Calcutta medical institutions reports 1879-81 [i.e.91]
Year: 1879
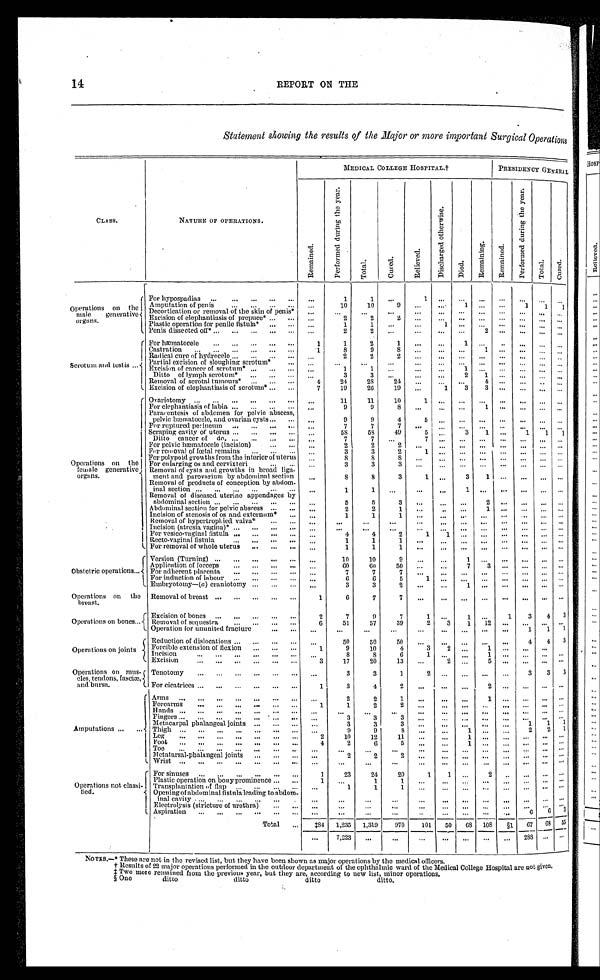
14
REPORT ON THE
Statement showing the results of the Major or more important Surgical Operations
CLASS.
NATURE OF OPERATIONS.
MEDICAL COLLEGE HOSPITAL†
PRESIDENCY GENERAL
R e m a i n e d .
P e r f o r m e d d u r i n g t h e y e a r .
T o t a l .
C u r e d .
R e l i e v e d .
D i s c h a r g e d o t h e r w i s e .
D i e d .
R e m a i n i n g .
R e m a i n e d .
P e r f o r m e d d u r i n g t h e y e a r .
T o t a l .
C u r e d .
O p e r a t i o n s
o n t h e
male generative
organs.
For hypospadias . . .
. . .
1
1
. . .
1
. . .
. . .
. . .
. . .
. . .
. . .
. . .
Amputation of penis . . .
. . .
1 0
1 0
9
. . .
. . . 1
. . . . . .
1
1
1
D c e c o r t i c a t i o n o r r e m o v a l o f t h e s k i n o f p e n i s * . . .
. . .
. . .
. . .
. . .
. . . . . . . . .
. . . . . .
. . .
. . .
. . .
Excision of elephantiasis of prepuce* . . .
. . .
2
2
2
. . .
. . .
. . .
. . .
. . .
. . . . . .
. . .
Plastic operation for penile fistula* . . .
. . .
1
1
. . .
. . . 1
. . .
. . . . . . . . .
. . .
. . .
Penis dissected off*. . .
. . .
2
2
. . .
. . .
. . .
. . .
2 . . . . . .
. . .
. . .
Scrotum and testis. . .
For hæmatocele
. . .
1
1
2
1
. . . . . . 1
. . .
. . .
. . .
. . .
. . .
Castration . . .
1
8
9
8
. . . . . . . . .
1 . . . . . .
. . .
. . .
Radical cure of hydrocele . . .
. . .
2
2
2
. . . . . . . . .
. . . . . . . . .
. . .
. . .
Partial excision of sloughing scrotum* . . .
. . .
. . .
. . .
. . .
. . .
. . .
. . .
. . .
. . .
. . .
. . .
. . .
Excision of cancer of scrotum* . . .
. . .
1
1
. . .
. . .
. . .
1 . . . . . . . . .
. . .
. . .
Ditto of lymph scrotum* . . .
. . .
3
3
. . .
. . . . . .
2 1 . . . . . .
. . .
. . .
Removal of scrotal tumours* . . .
4
24
28
24
. . .
. . .
. . .
4 . . . . . .
. . .
. . .
Excision of elephantiasis of scrotum* . . .
7
19
26
19
. . .
1
3
3 . . . . . .
. . .
. . .
Operations on the
female generative
organs.
Ovariotomy
. . .
. . .
11
11
10
1 . . .
. . .
. . .
. . .
. . .
. . .
. . .
For elephantiasis of labia
. . .
. . .
9
9
8
. . .
. . .
. . .
. . . . . . . . .
. . .
. . .
Paracentesis of abdomen for pelvic abscess,
p e l v i c h æ m a t o c e l e , a n d o v a r i a n c y s t s.
. .
. . .
9
9
4
5
. . .
. . .
. . .
. . .
. . .
. . .
. . .
F o r r u p t u r e d p e r i n e u m . . .
. . .
7
7
7
. . .
. . .
. . .
. . .
. . .
. . .
. . .
. . .
S c r a p i n g c a v i t y o f u t e r u s . . .
. . .
58
58
49
5
. . .
3
1 . . .
1
1
1
Ditto cancer of do . . .
. . .
7
7
. . .
7
. . .
. . .
. . . . . .
. . .
. . .
. . .
For pelvic hæmatocele (incision) . . .
. . .
2
2
2
. . . . . .
. . .
. . . . . .
. . .
. . .
. . .
For removal of fœtal remains . . .
. . .
3
3
2
1
. . .
. . .
. . .
. . .
. . .
. . .
. . .
For polypoid growths from the interior of uterus
. . .
8
8
8
. . . . . . . . .
. . . . . . . . .
. . .
. . .
For enlarging os and cervixteri . . .
. . .
3
3
3
. . .
. . .
. . .
. . .
. . .
. . .
. . .
. . .
Removal of cysts and growths in broad liga-
ment and parovarium by abdominal section
. . .
8
8
3
1
. . .
3
1
. . . . . .
. . .
. . .
Removal of products
of conception by abdom-inal section . . .
. . .
1 1
. . .
. . .
. . .
1 . . . . . . . . .
. . .
. . .
Removal of diseased uterine appendages by
a b d o m i n a l s e c t i o n
. . .
5
5
3
. . .
. . .
. . .
2
. . . . . .
. . .
. . .
A b d o m i n a l s e c t i o n f o r p e l v i c a b s c e s s . . .
. . .
2
2 1
. . .
. . .
. . .
1 . . . . . .
. . .
. . .
Incision of stenosis of os and externum* . . .
. . .
1
1
1
. . . . . .
. . .
. . . . . .
. . .
. . .
. . .
Removal of hypertrophied valva* . . .
. . .
. . .
. . .
. . .
. . .
. . .
. . .
. . .
. . .
. . .
. . .
. . .
Incision (atresia vagina)* . . .
. . .
. . .
. . .
. . .
. . . . . .
. . .
. . .
. . .
. . .
. . .
. . .
For vesico-vaginal fistula
. . .
. . .
4
4
2
1
1 . . .
. . . . . .
. . .
. . .
. . .
Recto-vaginal fistula . . .
. . .
1
1
1
. . .
. . . . . .
. . .
. . .
. . .
. . .
. . .
For removal of whole uterus
. . .
. . .
1
1
1
. . .
. . .
. . .
. . .. . . . . .
. . .
. . .
Obstetric operations . . .
Version (Turning) . . .
. . .
10
10
9
. . .
. . .
1 . . .. . .
. . .
. . .
. . .
Application of forceps . . .
. . .
60
60
50
. . .
. . .
7
3 . . .
. . .
. . .
. . .
For adherent placenta
. . .
. . .
7
7
7
. . .
. . .
. . .
. . .
. . .
. . .
. . .
. . .
For induction of labour . . .
. . .
6
6
5
1
. . . . . . . . . . . .
. . .
. . .
. . .
Embryotomy—(a) craniotomy
. . .
. . .
3
3
2
. . .
. . .
1 . . . . . .
. . .
. . .
. . .
Operations on the
breast.
Removal of breast
. . .
1
6
7
7
. . . . . .. . .
. . . . . .
. . .
. . .
. . .
Operations on bones . . .
Excision of bones . . .
2
7
9
7
1 . . .1
. . .
1
3
4
3
Removal of sequestra . . .
6
51
57
39
2
3 1
12 . . .
. . .
. . .
. . .
Operation for ununited fracture . . .
. . .
. . .
. . .
. . .
. . .
. . . . . .
. . .. . .
1
1
1
Operations on joints
Reduction of dislocations . . .
. . .
50
50
50
. . . . . . . . .
. . .
. . .
4
4
3
Forcible extension of flexion . . .
1
9
10
4
3
2
. . .
1
. . .
. . .
. . .
Incision . . .
. . .
8
8
6
1
. . .
. . . 1
. . .
. . .
. . .
. . .
Excision
. . .
3
17
20
13
. . .
2
. . .
5
. . .
. . .
. . .
. . .
Operations on mus-
cles, tendons, fasciæ,
and bursa.
Tenotomy
. . .
. . .
3
3
1
2 . . .
. . .
. . .
. . .
3
3
3
For cicatrices . . .
1
3
4
2
. . .
. . .
. . .
2
. . .
. . .
. . .
. . .
Amputations . . .
Arms . . .
. . .
2
2
1
. . .
. . . . . .1
. . .
. . .
. . .
. . .
Forearms . . .
1
1
2
2
. . .
. . . . . .. . .
. . .
. . .
. . .
. . .
Hands . . .
. . .
. . .
. . .
. . .
. . .
. . . . . .. . .
. . .
. . .
. . .
. . .
Fingers . . .
. . .
3
3
3
. . .
. . .
. . .
. . .
. . .
. . .
. . .
. . .
Metacarpal. phalangeal joints . . .
. . .
3
3
3
. . .
. . .
. . .
. . .
. . .
1
1
1
Thigh . . .
. . .
9
9
8
. . .
. . . 1
. . . . . .
2
2
1
Leg. . .
2
10
1 2
1 1
. . .
. . .
1 . . . . . .
. . .
. . .
. . .
F o o t . . .
4
2
6
5
. . .
. . .
1 . . . . . .
. . .
. . .
. . .
Toe . . .
. . .
. . .
. . .
. . .
. . .
. . .
. . .
. . .
. . .
. . .
. . .
. . .
Metatarsal-phalangeal joints. . . .
. . .
2
2
2
. . .
. . . . . .
. . .
. . .
. . .
. . .
. . .
Wrist . . .
. . .
. . .
. . .
. . .
. . .
. . .
. . . . . .
. . .
. . .
. . .
. . .
Operations not classi-
f i e d .
For sinuses . . .
1
23
24
20
1
1
. . . 2
. . .
. . .
. . .
. . .
Plastic operation on bony prominence . . .
1
. . .
1
1
. . .
. . .
. . .
. . .
. ..
.
. .
. .
.
. .
.
T r a n s p l a n t a t i o n o f f l a p . . .
. . .
1
1
1
. . . . . . . . . . . . . . .
. . .
. . .
. . .
Opening of abdominal fistula leading to abdom-
inal cavity . . .
. . .
. . .
. . .
. . .
. . .
. . . . . . . . . . . .
. . .
. . . . . .
Electrolysis (stricture of urethra) . . .
. . .
. . .
. . .
. . .
. . .
. . .
. . . . . . . . .
. . .
. . .
. . .
Aspiration
. . .
. . .
. . .
. . .
. . .
. . .
. . .
. . .
. . .
. . .
6
6
3
Total . . .
‡ 8 4 1,235 1,319
970
101
50
6 8 108
§1 67
6 8 55
. . . 7,223
. . .
. . .
. . .
. . .
. . .
. . .
. . . 288
. . . . . .
NOTES.—* These are not in the revised list, but they have been shown as major operations by the medical officers.
† Results of 22 major operations performed in the out door department of the ophthalmic ward of the Medical College Hospital are not given.
‡ Two more remained from the previous year, but they are, according to new list, minor operations.
§ One
ditto
ditto
ditto
ditto.